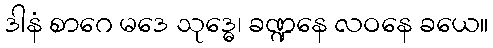
ဒါနံ စာဂေ မဒေ သုဒ္ဓေ၊ ခဏ္ဍနေ လဝနေ ခယေ။